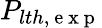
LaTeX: P_{lth,\mathrm{~e~x~p~}}